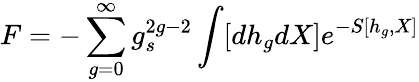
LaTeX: F=-\sum_{g=0}^{\infty}g_{s}^{2g-2}\int[dh_{g}dX]e^{-S[h_{g},X]}